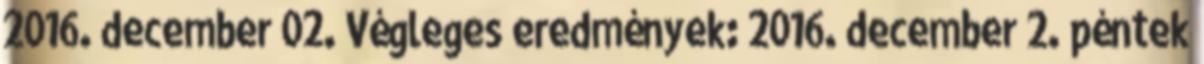
2016. december 02. Végleges eredmények: 2016. december 2. péntek